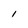
Character: I